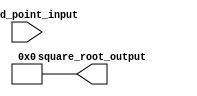
module fixed_point_square_root(input signed [15:0] fixed_point_input,
                                output reg signed [15:0] square_root_output);

    reg signed [15:0] integer_part;
    reg signed [15:0] fractional_part;
    
    reg signed [15:0] square_root_approximation;
    
    always @* begin
        integer_part = fixed_point_input[15:8];
        fractional_part = fixed_point_input[7:0];
    end

    always @* begin
        square_root_approximation = {16{1'b0}}; // initial approximation
        
        // Newton's method for square root approximation
        // Implement your approximation algorithm here
        
        square_root_output = square_root_approximation;
    end

endmodule